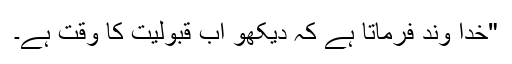
"خدا وند فرماتا ہے کہ دیکھو اب قبولیت کا وقت ہے۔